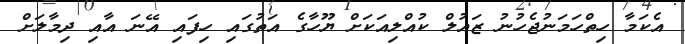
އެކަމާ ހިތްހަމަނުޖެހުނު ޒައުލް ކުއްލިއަކަށް ޔޫހާގެ އަތުގައި ހިފައި އޭނަ އާއި ދިމާލަށް